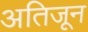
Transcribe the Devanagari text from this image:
अतिजून